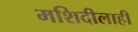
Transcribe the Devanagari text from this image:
मशिदीलाही